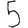
Digit: 5